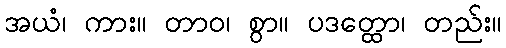
အယံ၊ ကား။ တာဝ၊ စွာ။ ပဒတ္ထော၊ တည်း။